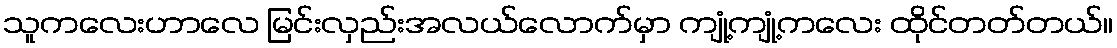
သူကလေးဟာလေ မြင်းလှည်းအလယ်လောက်မှာ ကျုံ့ကျုံ့ကလေး ထိုင်တတ်တယ်။